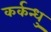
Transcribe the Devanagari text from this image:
कर्कन्धु